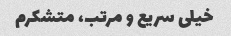
خیلی سریع و مرتب، متشکرم